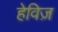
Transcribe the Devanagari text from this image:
हेविज़